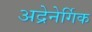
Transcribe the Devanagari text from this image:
अद्रेनेर्गिक